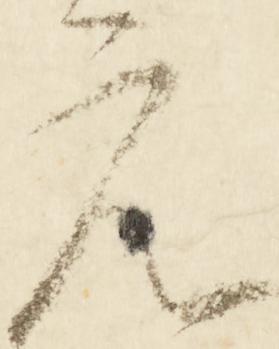
元